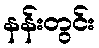
နန်းတွင်း